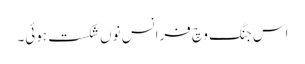
اس جنگ وچ فرانس نوں شکست ہوئی۔